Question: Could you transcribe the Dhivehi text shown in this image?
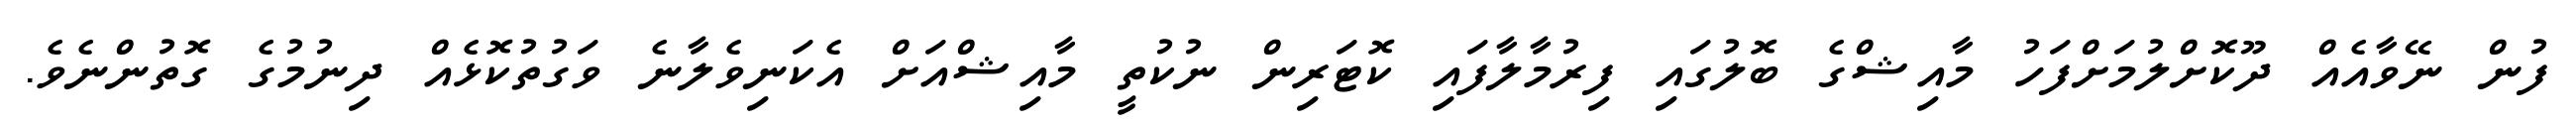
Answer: ފުން ނޭވާއެއް ދޫކޮށްލުމަށްފަހު މާއިޝްގެ ބޮލުގައި ފިރުމާލާފައި ކޮޓަރިން ނުކުތީ މާއިޝްއަށް އެކަނިވެލާނެ ވަގުތުކޮޅެއް ދިނުމުގެ ގޮތުންނެވެ.